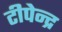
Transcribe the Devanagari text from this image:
टीपेन्द्र